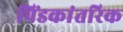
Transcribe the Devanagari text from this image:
पिंडकांतरिक